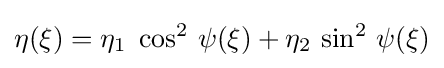
\eta (\xi )=\eta _{1}\;\cos ^{2}\,\psi (\xi )+\eta _{2}\,\sin ^{2}\,\psi (\xi )